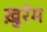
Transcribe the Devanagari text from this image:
ख़ुर्रम